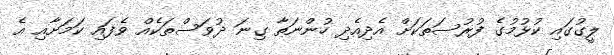
ލީގުގައި ކުޅުމުގެ ފުރުސަތަކަށް އެދިއެދި ހުންނަތާ ގިނަ ދުވަސްތަކެއް ވެފައި ކަމަށާއި އެ